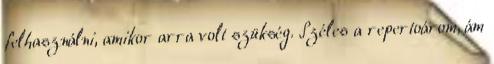
felhasználni, amikor arra volt szükség. Széles a repertoárom, ám